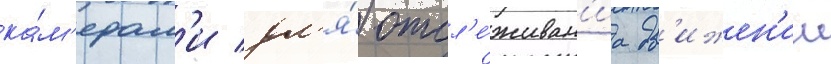
ка́м'ерам'и дл'я́ отсл'е́живан'иа дв'ижен'ии